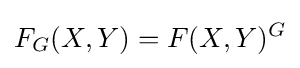
F_{G}(X,Y)=F(X,Y)^{G}